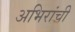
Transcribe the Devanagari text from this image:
अभिरांची